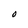
Character: O